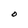
Character: O